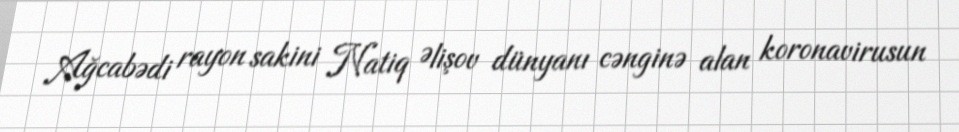
Ağcabədi rayon sakini Natiq Əlişov dünyanı cənginə alan koronavirusun